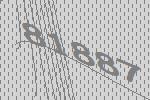
81887